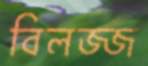
বিলজ্জ